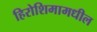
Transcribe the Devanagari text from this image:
हिरोशिमामधील